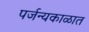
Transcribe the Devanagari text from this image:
पर्जन्यकाळात